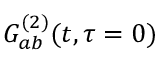
G _ { a b } ^ { ( 2 ) } ( t , \tau = 0 )